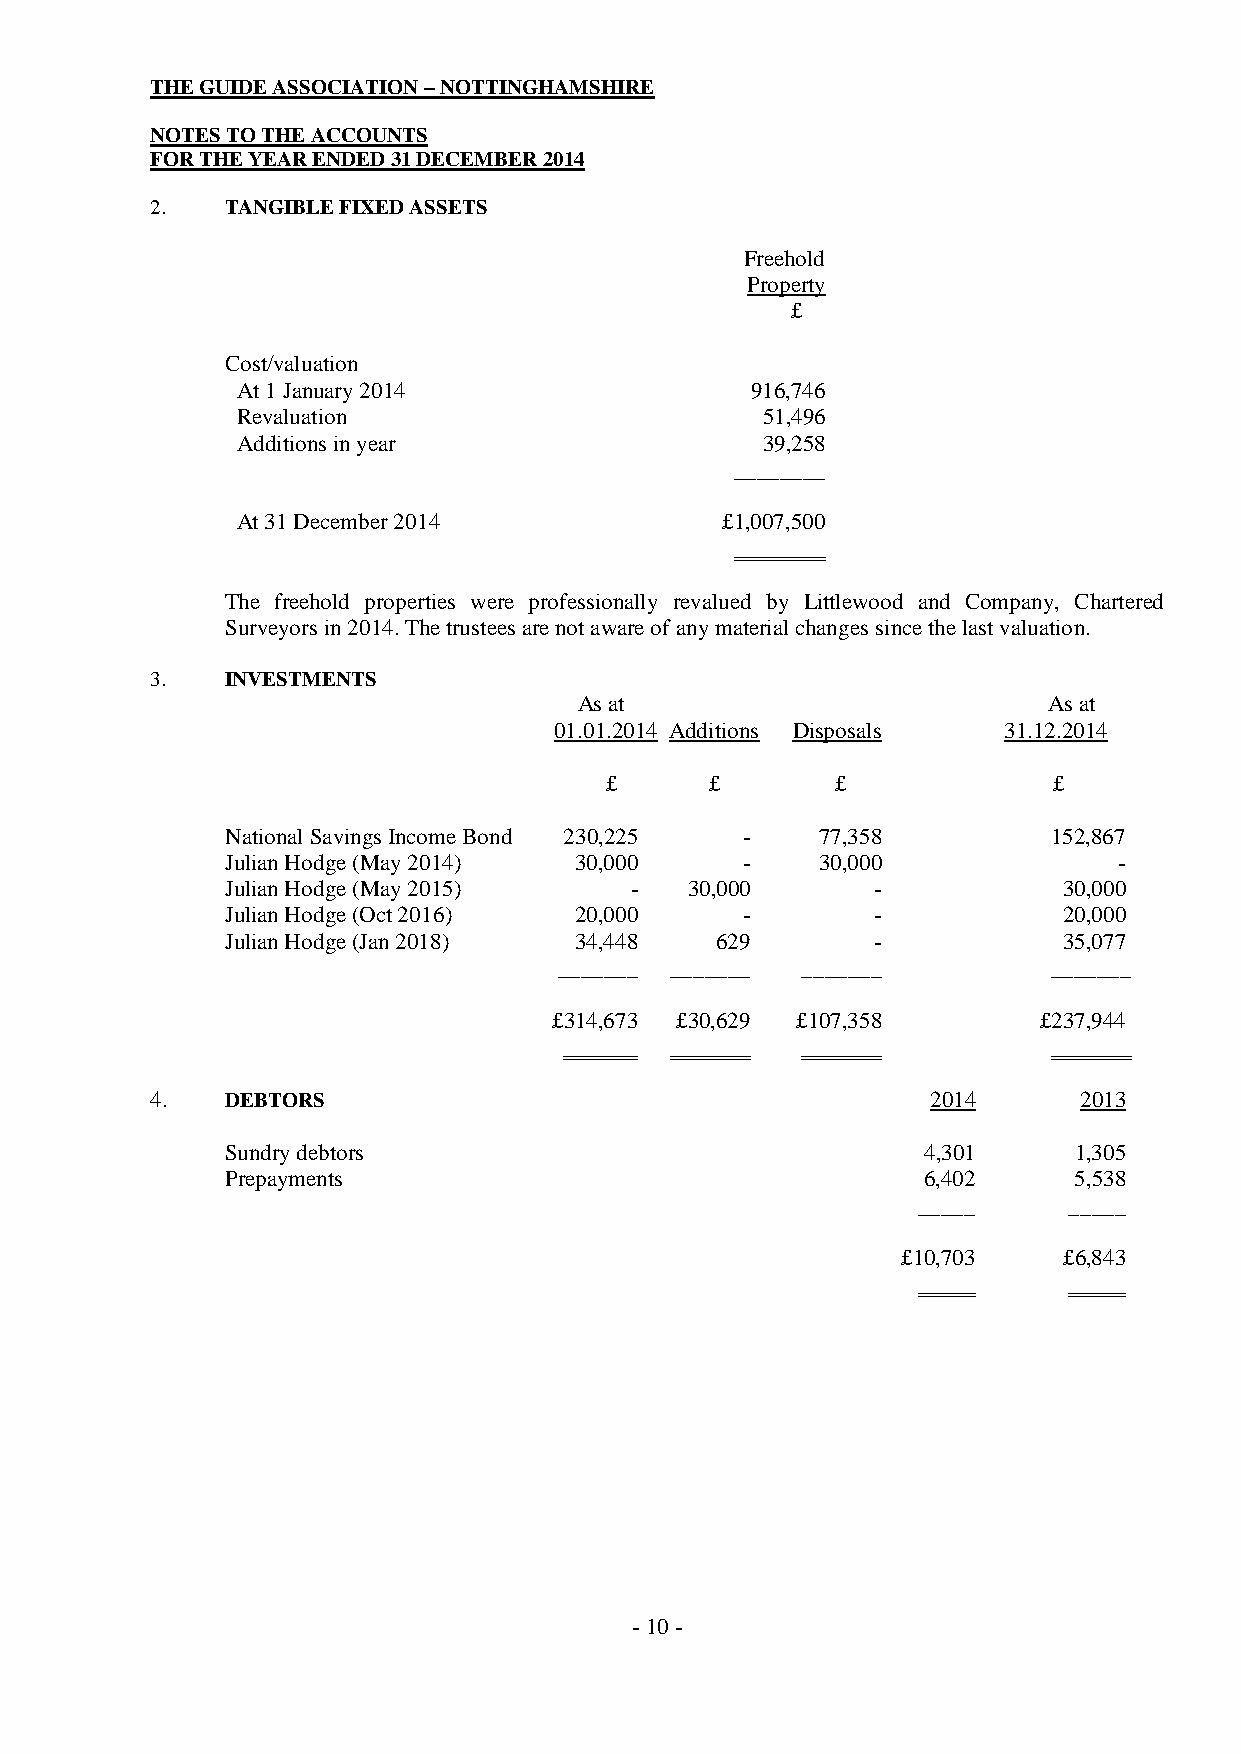
THE GUIDE ASSOCIATION – NOTTINGHAMSHIRE
 NOTES TO THE ACCOUNTS
 FOR THE YEAR ENDED 31 DECEMBER 2014
 2.   TANGIBLE FIXED ASSETS
 Freehold
 Property
 £
 Cost/valuation
 At 1 January 2014                 916,746
 Revaluation                       51,496
 Additions in year                 39,258
 ________
 At 31 December 2014             £1,007,500
 The freehold properties were professionally revalued by Littlewood and Company, Chartered
 Surveyors in 2014. The trustees are not aware of any material changes since the last valuation.
 3.   INVESTMENTS
 As at                          As at
 01.01.2014 Additions Disposals 31.12.2014
 £      £       £              £
 National Savings Income Bond 230,225 - 77,358          152,867
 Julian Hodge (May 2014) 30,000    -    30,000              -
 Julian Hodge (May 2015)    -   30,000      -           30,000
 Julian Hodge (Oct 2016) 20,000    -        -           20,000
 Julian Hodge (Jan 2018) 34,448  629        -           35,077
 _______ _______ _______          _______
 £314,673 £30,629 £107,358       £237,944
 4.   DEBTORS                                        2014     2013
 Sundry debtors                                4,301     1,305
 Prepayments                                   6,402     5,538
 _____     _____
 £10,703   £6,843
 - 10 -